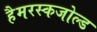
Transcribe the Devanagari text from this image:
हैमरस्कजोल्‍ड